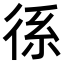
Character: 𭛭